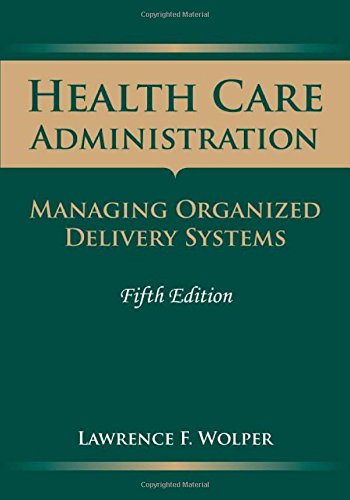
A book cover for Health Care Administration: Managing Organized Delivery Systems, 5th Edition; Lawrence F. Wolper; Medical Books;